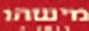
מישהו